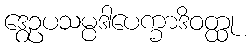
ဒွေဥပသမ္ပဒါပေက္ခာဒိဝတ္ထု